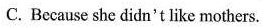
C. Because she didn't like mothers.